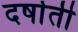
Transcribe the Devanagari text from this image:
दर्षाती